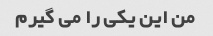
من این یکی را می گیرم